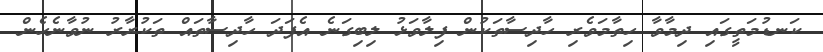
ކަނޑުމަތީގައި ދިމާވާ ހިތާމަވެރި ހާދިސާތަކުން ފިލާވަޅު ލިބިގަނެ އެފަދަ ހާދިސާތައް ތަކުރާރު ނުވާނެހެން